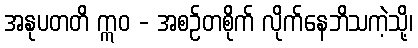
အနုပတတိ ဣဝ - အစဉ်တစိုက် လိုက်နေဘိသကဲ့သို့၊